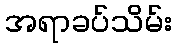
အရာခပ်သိမ်း